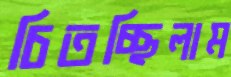
চিতচ্ছিলাম